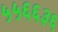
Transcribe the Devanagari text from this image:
५५६६३६